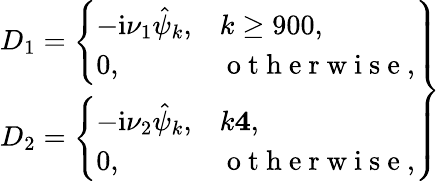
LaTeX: \left.\begin{array}{r}{D_{1}=\left\{ \begin{array}{ll}{-\textnormal{i}\nu_{1}\hat{\psi}_{k},}&{k\ge 900,}\\ {0,}&{\mathrm{~o~t~h~e~r~w~i~s~e~},}\end{array}\right.}\\ {D_{2}=\left\{ \begin{array}{ll}{-\textnormal{i}\nu_{2}\hat{\psi}_{k},}&{k\le 4,}\\ {0,}&{\mathrm{~o~t~h~e~r~w~i~s~e~},}\end{array}\right.}\end{array}\right\}